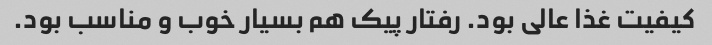
کیفیت غذا عالی بود. رفتار پیک هم بسیار خوب و مناسب بود.